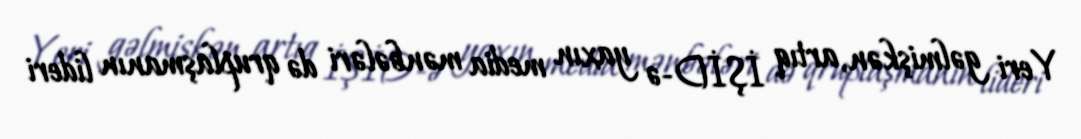
Yeri gəlmişkən, artıq İŞİD-ə yaxın media mənbələri də qruplaşmanın lideri